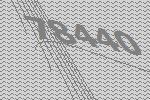
78440